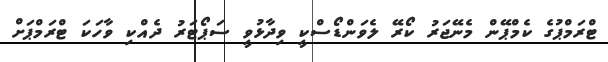
ޓްރަމްޕުގެ ކެމްޕޭން މެނޭޖަރު ކޯރޭ ލެވަންޑޯސްކީ ވިދާޅުވީ ސަޕޯޓަރު ދެއްކި ވާހަކަ ޓްރަމްޕަށް